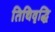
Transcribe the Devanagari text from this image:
तिथिवृद्धि